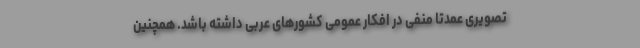
تصویری عمدتا منفی در افکار عمومی کشورهای عربی داشته باشد. همچنین